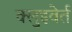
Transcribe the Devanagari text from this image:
क्लुइवेर्त